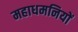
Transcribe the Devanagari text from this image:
महाधमनियों